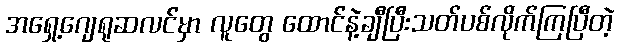
အရှေ့ဂျေရုဆလင်မှာ လူတွေ ထောင်နဲ့ချီပြီးသတ်ပစ်လိုက်ကြပြီတဲ့